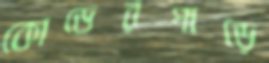
কোডেরপাড়ে